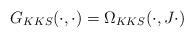
LaTeX: \begin{align*}G_{KKS}(\cdot,\cdot)=\Omega_{KKS}(\cdot, J\cdot)\end{align*}